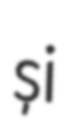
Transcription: și